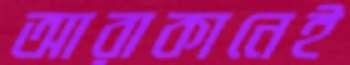
আরাকানেই